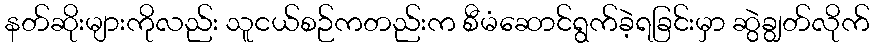
နတ်ဆိုးများကိုလည်း သူငယ်စဉ်ကတည်းက စီမံဆောင်ရွက်ခဲ့ရခြင်းမှာ ဆွဲချွတ်လိုက်